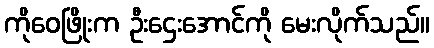
ကိုဝေဖြိုးက ဦးဌေးအောင်ကို မေးလိုက်သည်။